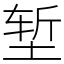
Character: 堑